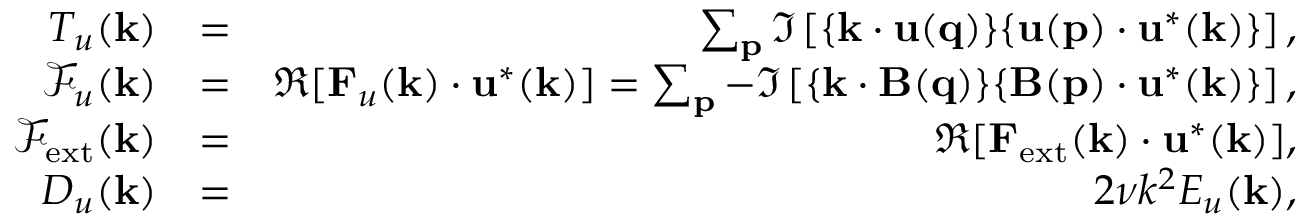
\begin{array} { r l r } { T _ { u } ( { \bf k } ) } & { = } & { \sum _ { \bf p } \Im \left[ { \bf \{ k \cdot u ( q ) \} \{ u ( p ) \cdot u ^ { * } ( k ) \} } \right] , } \\ { \mathcal { F } _ { u } ( { \bf k } ) } & { = } & { \Re [ { \bf F } _ { u } ( { \bf k } ) \cdot { \bf u } ^ { * } ( { \bf k } ) ] = \sum _ { \bf p } - \Im \left[ { \bf \{ k \cdot B ( q ) \} \{ B ( p ) \cdot u ^ { * } ( k ) \} } \right] , } \\ { \mathcal { F } _ { \mathrm { e x t } } ( { \bf k } ) } & { = } & { \Re [ { \bf F } _ { \mathrm { e x t } } ( { \bf k } ) \cdot { \bf u } ^ { * } ( { \bf k } ) ] , } \\ { D _ { u } ( \mathbf { k } ) } & { = } & { 2 \nu k ^ { 2 } E _ { u } ( { \bf k } ) , } \end{array}